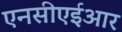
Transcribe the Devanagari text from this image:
एनसीएईआर